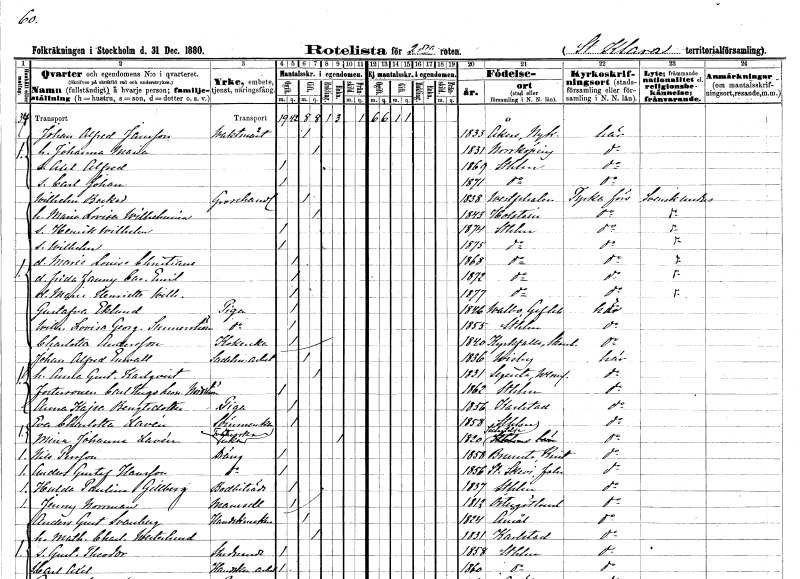
gt_parse: households: individuals: FN: Johan Alfred
EN: Jansson
YRKE: Vaktmästare
KON: M
CIV: G
FODAR: 1833
FODFORS: Åker Södermanlands län
FN: Johanna Maria
KON: K
CIV: G
FODAR: 1831
FODFORS: Norrköping Östergötlands län
FN: Axel Alfred
KON: M
CIV: O
FODAR: 1869
FODFORS: Stockholm
FN: Carl Johan
KON: M
CIV: O
FODAR: 1871
FODFORS: Stockholm
FN: Wilhelm
EN: Becker
YRKE: Grosshandlare
KON: M
CIV: G
FODAR: 1838
FN: Maria Lovisa Wilhelmina
KON: K
CIV: G
FODAR: 1843
FN: Henrik Wilhelm
KON: M
CIV: O
FODAR: 1874
FODFORS: Stockholm
FN: Wilhelm
KON: M
CIV: O
FODAR: 1875
FODFORS: Stockholm
FN: Marie Louise Christiane
KON: K
CIV: O
FODAR: 1868
FODFORS: Stockholm
FN: Frida Fanny Carolina Emilia
KON: K
CIV: O
FODAR: 1872
FODFORS: Stockholm
FN: Marie Henriette Wilhelmina
KON: K
CIV: O
FODAR: 1877
FODFORS: Stockholm
FN: Gustafva
EN: Eklund
YRKE: Piga
KON: K
CIV: O
FODAR: 1846
FODFORS: Valbo Gävleborgs län
FN: Wilhelmina Lovisa Georgina
EN: Sunnerström
YRKE: Piga
KON: K
CIV: O
FODAR: 1855
FODFORS: Stockholm
FN: Charlotta
EN: Andersson
YRKE: Kokerska
KON: K
CIV: O
FODAR: 1840
FODFORS: Kyrkefalla Skaraborgs län
FN: Johan Alfred
EN: Enwall
YRKE: Sadelmakeriarbetare
KON: M
CIV: G
FODAR: 1836
FODFORS: Visby Gotlands län
FN: Anna Gustafva
EN: Karlqvist
KON: K
CIV: G
FODAR: 1831
FODFORS: Segerstad Värmlands län
FN: Carl Hugo Leonard
EN: Nordström
KON: M
CIV: O
FODAR: 1862
FODFORS: Stockholm
FN: Anna Kajsa
EN: Bengtsdotter
YRKE: Piga
KON: K
CIV: O
FODAR: 1856
FODFORS: Karlstad Värmlands län
FN: Eva Charlotta
EN: Lavén
YRKE: Sömmerska
KON: K
CIV: O
FODAR: 1858
FODFORS: Stockholm
FN: Mina Johanna
EN: Lavén
YRKE: Tvätterska Änka
KON: K
CIV: E
FODAR: 1820
FODFORS: Södertälje Stockholms län
FN: Nils
EN: Persson
YRKE: Dräng
KON: M
CIV: O
FODAR: 1858
FODFORS: Brunsta Kristianstads län
FN: Anders Gustaf
EN: Hansson
YRKE: Dräng
KON: M
CIV: O
FODAR: 1856
FODFORS: Stora Skedvi Kopparbergs län
FN: Hulda Paulina
EN: Gillberg
YRKE: Bodbiträde
KON: K
CIV: O
FODAR: 1837
FODFORS: Stockholm
FN: Jenny
EN: Norrman
KON: K
CIV: O
FODAR: 1813
FODFORS: Östergötlands län